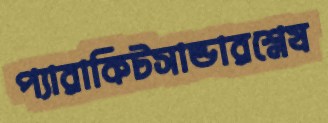
প্যারাকিটসান্ডারশ্লেষ